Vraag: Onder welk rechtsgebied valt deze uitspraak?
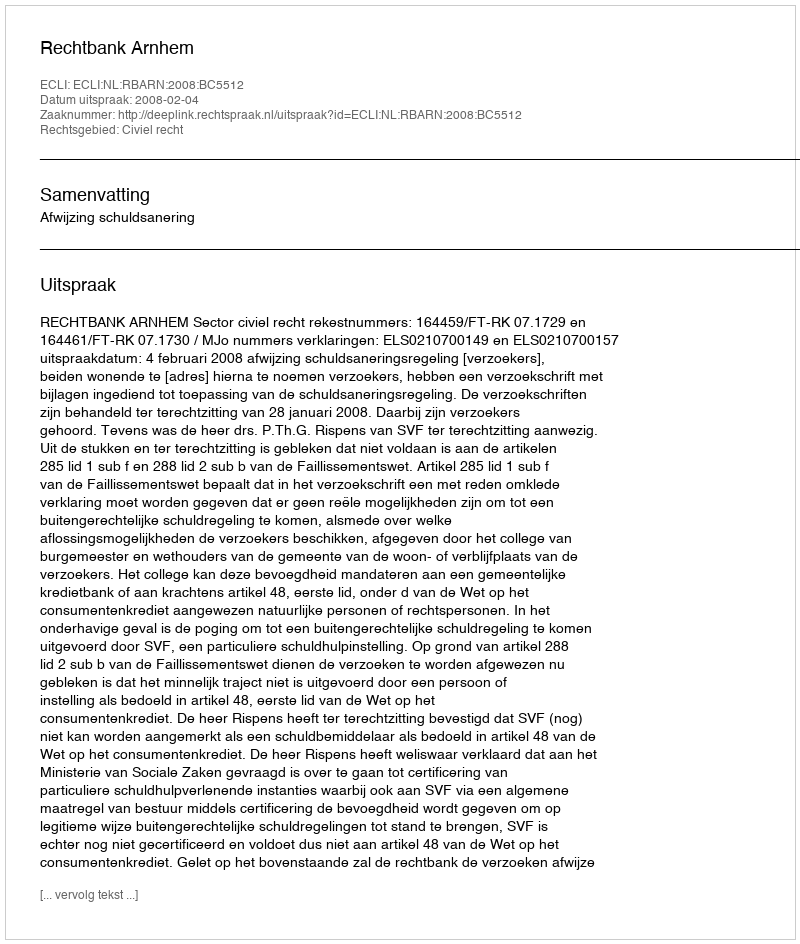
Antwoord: Civiel recht